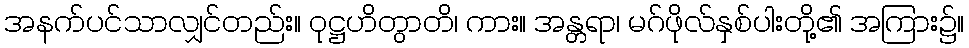
အနက်ပင်သာလျှင်တည်း။ ဝုဋ္ဌဟိတွာတိ၊ ကား။ အန္တရာ၊ မဂ်ဖိုလ်နှစ်ပါးတို့၏ အကြား၌။